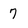
Character: 7